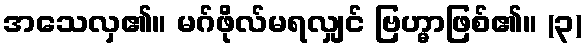
အသေလှ၏။ မဂ်ဖိုလ်မရလျှင် ဗြဟ္မာဖြစ်၏။ (၃)